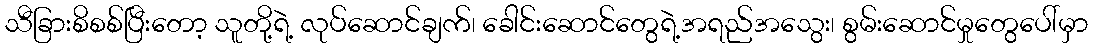
သီခြားစိစစ်ပြီးတော့ သူတို့ရဲ့ လုပ်ဆောင်ချက်၊ ခေါင်းဆောင်တွေရဲ့အရည်အသွေး၊ စွမ်းဆောင်မှုတွေပေါ်မှာ